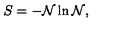
S = - { \cal N } \ln { \cal N } ,